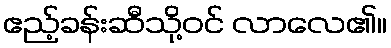
ဧည့်ခန်းဆီသို့ဝင် လာလေ၏။